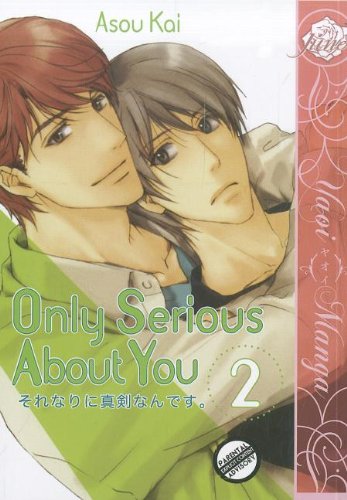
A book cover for Only Serious About You Vol.2; Kai Asou; Comics & Graphic Novels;